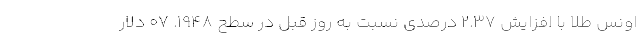
اونس طلا با افزایش ۲.۳۷ درصدی نسبت به روز قبل در سطح ۱۹۴۸. ۰۷ دلار